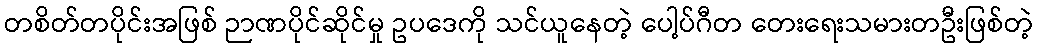
တစိတ်တပိုင်းအဖြစ် ဉာဏပိုင်ဆိုင်မှု ဥပဒေကို သင်ယူနေတဲ့ ပေါ့ပ်ဂီတ တေးရေးသမားတဦးဖြစ်တဲ့